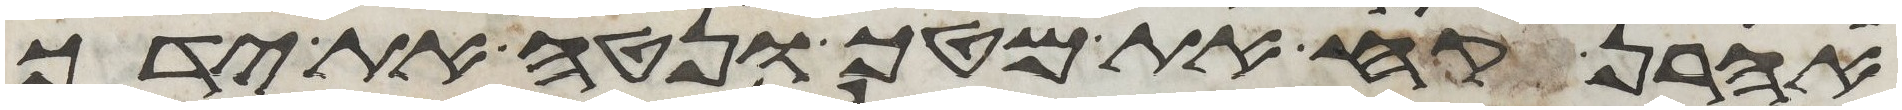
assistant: אהרן קח את מטך ונטה את ידך